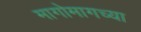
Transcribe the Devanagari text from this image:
मागोमागच्या